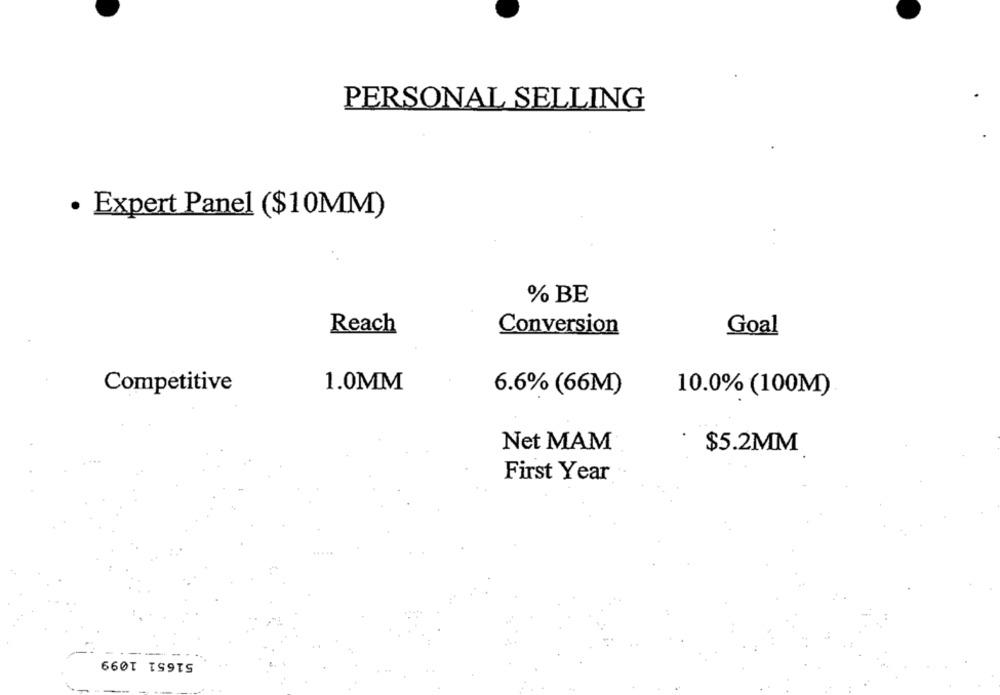
PERSONAL SELLING
· Expert Panel ($10MM)
% BE
Reach
Conversion
Goal
Competitive
1.0MM
6.6% (66M)
10.0% (100M)
Net MAM
$5.2MM
First Year
51651 1099